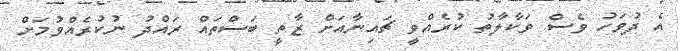
އެ ދުވަހު ވެސް ވަކާލާތު ކުރެއްވީ ޗައިނާއަށް ޒާތީ ބަސްތައް ރައްދު ނުކުރެއްވުމަށް